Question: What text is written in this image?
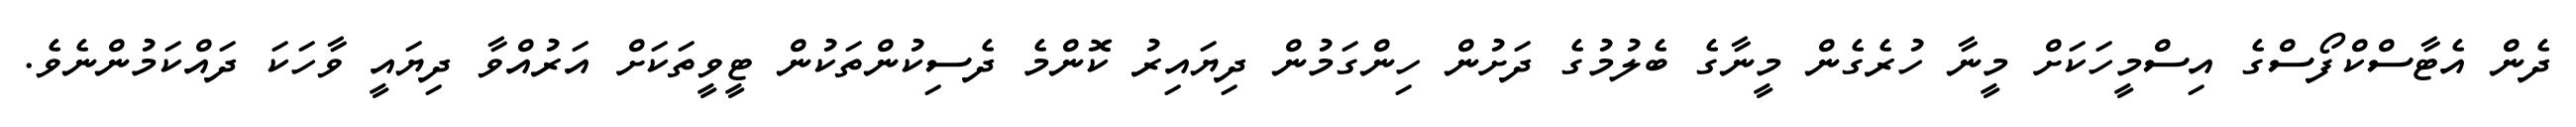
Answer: ދެން އެޓާސްކްފޯސްގެ އިސްމީހަކަށް މީނާ ހުރެގެން މީނާގެ ބެލުމުގެ ދަށުން ހިންގަމުން ދިޔައިރު ކޮންމެ ދެސިކުންތަކުން ޓީވީތަކަށް އަރުއްވާ ދިޔައީ ވާހަކަ ދައްކަމުންނެވެ.